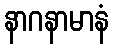
နာဂနာမာနံ